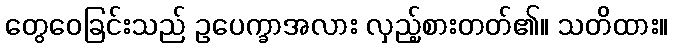
တွေဝေခြင်းသည် ဥပေက္ခာအလား လှည့်စားတတ်၏။ သတိထား။